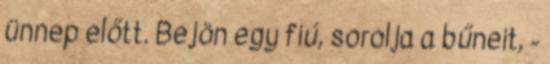
ünnep előtt. Bejön egy fiú, sorolja a bűneit, -